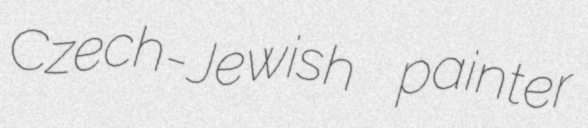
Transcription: Czech-Jewish painter